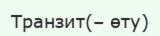
Транзит(– өту)